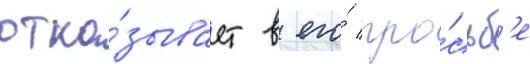
отка́зывает в его́ про́сьб'е